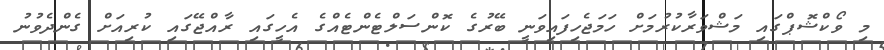
މި ވޯކްޝޮޕްގައި މަޝްވަރާކުރުމަށް ހަމަޖެހިފައިވަނީ ބޭރުގެ ކޮންސަލްޓެންޓެއްގެ އެހީގައި ރާއްޖޭގައި ކުރިއަށް ގެންދެވުނު